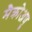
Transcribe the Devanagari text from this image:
मैक्रोअणु